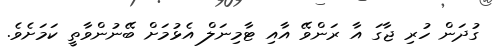
ގުދަން ހުރި ޖާގަ އާ ރަންވޭ އާއި ޓާމިނަލް އެޅުމަށް ބޭނުންވާތީ ކަމަށެވެ.